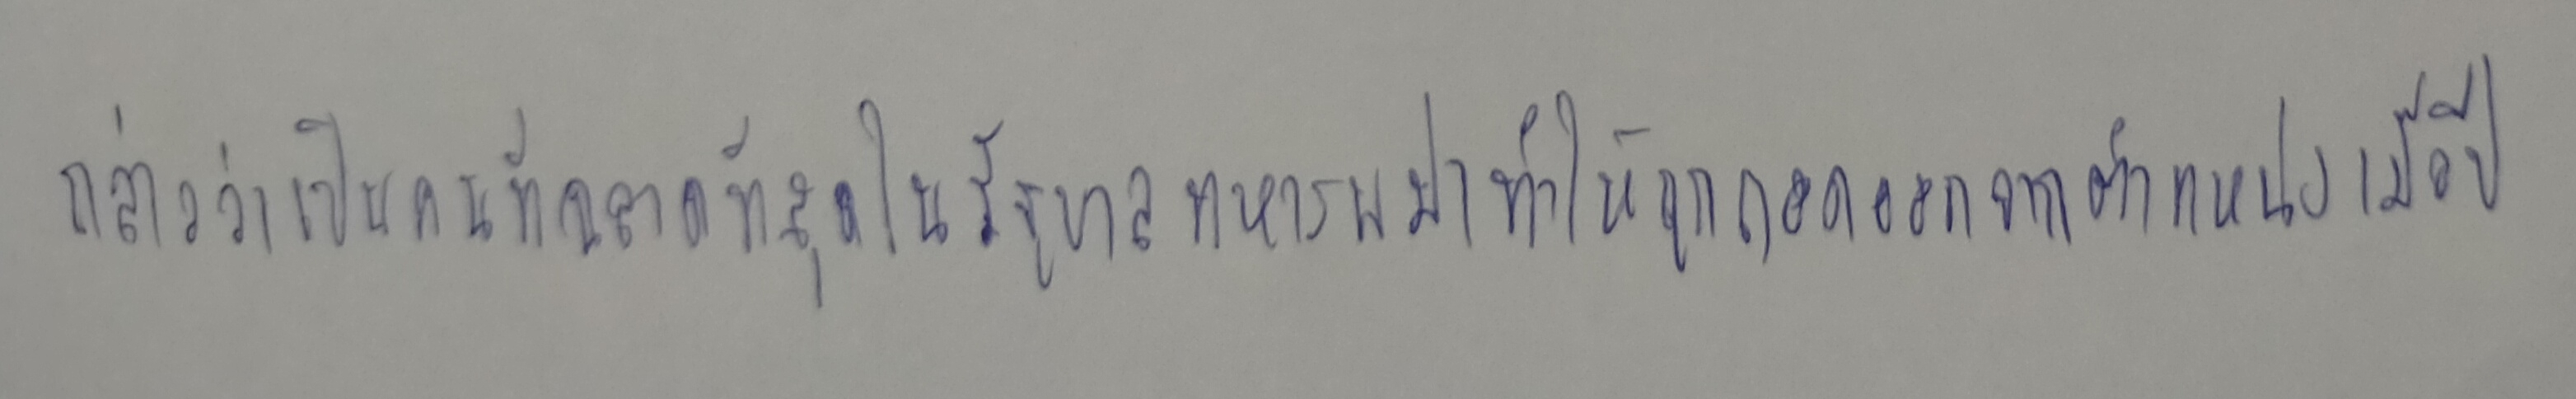
กล่าวว่าเป็นคนที่ฉลาดที่สุดในรัฐบาลทหารพม่าทำให้ถูกถอดออกจากตำแหน่งเมื่อปี